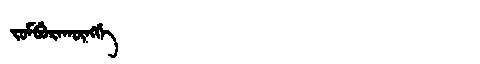
Manchu: ᠵᠣᠮᠪᡠᡵᠠᡴᡡᠩᡤᡝ
Romanization: JOMBURAKŪNGGE